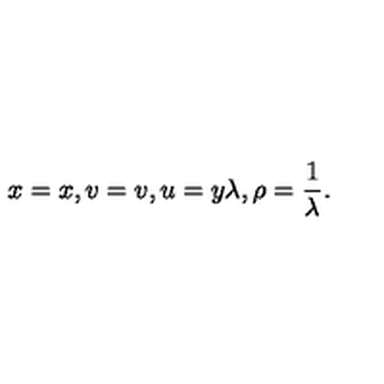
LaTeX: x = x , v = v , u = y \lambda , \rho = \frac { 1 } { \lambda } .